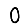
Digit: 0